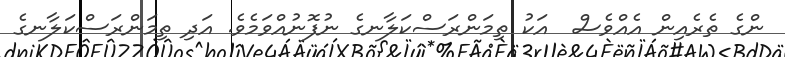
ންގެ ތެރެއިން އެއްވެސް  އަކު ތިމަންރަސްކަލާނގެ ނުފޮނުއްވަމެވެ. އަދި ތިމަންރަސްކަލާނގެ